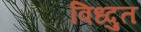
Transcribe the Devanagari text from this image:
विध्दुत